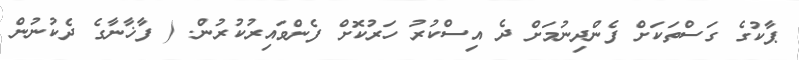
ޕާކުގެ ގަސްތަކަށް ފެންދިނުމަށް ދެ އިސްކުރު ހަރުކޮށް ފެންވައިރުކުރުން. ( ފާޚާނާގެ ދެކުނުން